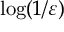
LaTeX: \log ( 1 / \varepsilon )